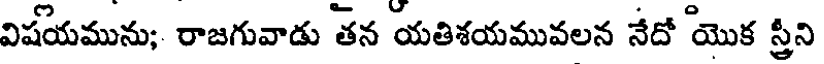
విషయమును; రాజగువాడు తన యతిశయమువలన నేదో యొక స్త్రీని